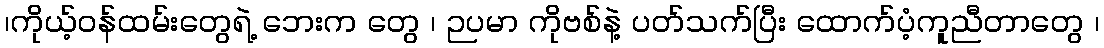
၊ကိုယ့်ဝန်ထမ်းတွေရဲ့ ဘေးက တွေ ၊ ဉပမာ ကိုဗစ်နဲ့ ပတ်သက်ပြီး ထောက်ပံ့ကူညီတာတွေ ၊